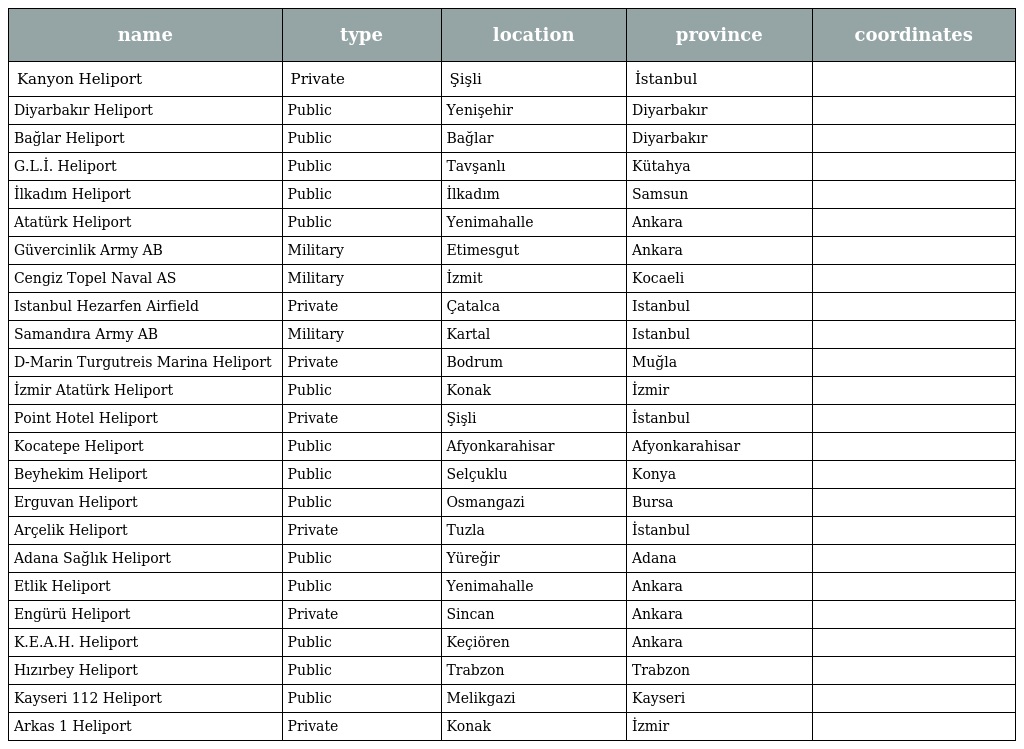
| name | type | location | province | coordinates |
 | --- | --- | --- | --- | --- |
 | Kanyon Heliport | Private | Şişli | İstanbul |  |
 | Diyarbakır Heliport | Public | Yenişehir | Diyarbakır |  |
 | Bağlar Heliport | Public | Bağlar | Diyarbakır |  |
 | G.L.İ. Heliport | Public | Tavşanlı | Kütahya |  |
 | İlkadım Heliport | Public | İlkadım | Samsun |  |
 | Atatürk Heliport | Public | Yenimahalle | Ankara |  |
 | Güvercinlik Army AB | Military | Etimesgut | Ankara |  |
 | Cengiz Topel Naval AS | Military | İzmit | Kocaeli |  |
 | Istanbul Hezarfen Airfield | Private | Çatalca | Istanbul |  |
 | Samandıra Army AB | Military | Kartal | Istanbul |  |
 | D-Marin Turgutreis Marina Heliport | Private | Bodrum | Muğla |  |
 | İzmir Atatürk Heliport | Public | Konak | İzmir |  |
 | Point Hotel Heliport | Private | Şişli | İstanbul |  |
 | Kocatepe Heliport | Public | Afyonkarahisar | Afyonkarahisar |  |
 | Beyhekim Heliport | Public | Selçuklu | Konya |  |
 | Erguvan Heliport | Public | Osmangazi | Bursa |  |
 | Arçelik Heliport | Private | Tuzla | İstanbul |  |
 | Adana Sağlık Heliport | Public | Yüreğir | Adana |  |
 | Etlik Heliport | Public | Yenimahalle | Ankara |  |
 | Engürü Heliport | Private | Sincan | Ankara |  |
 | K.E.A.H. Heliport | Public | Keçiören | Ankara |  |
 | Hızırbey Heliport | Public | Trabzon | Trabzon |  |
 | Kayseri 112 Heliport | Public | Melikgazi | Kayseri |  |
 | Arkas 1 Heliport | Private | Konak | İzmir |  |